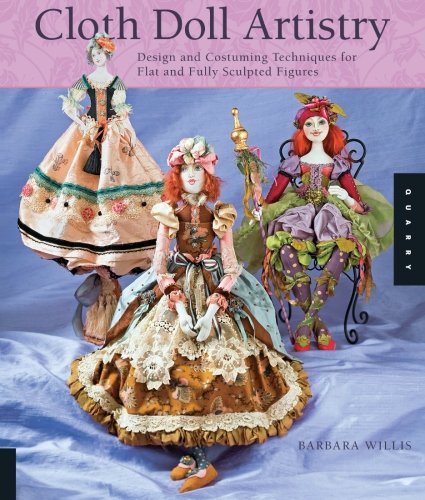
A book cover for Cloth Doll Artistry: Design and Costuming Techniques for Flat and Fully Sculpted Figures; Barbara Willis; Crafts, Hobbies & Home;